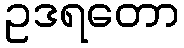
ဥဒရတော